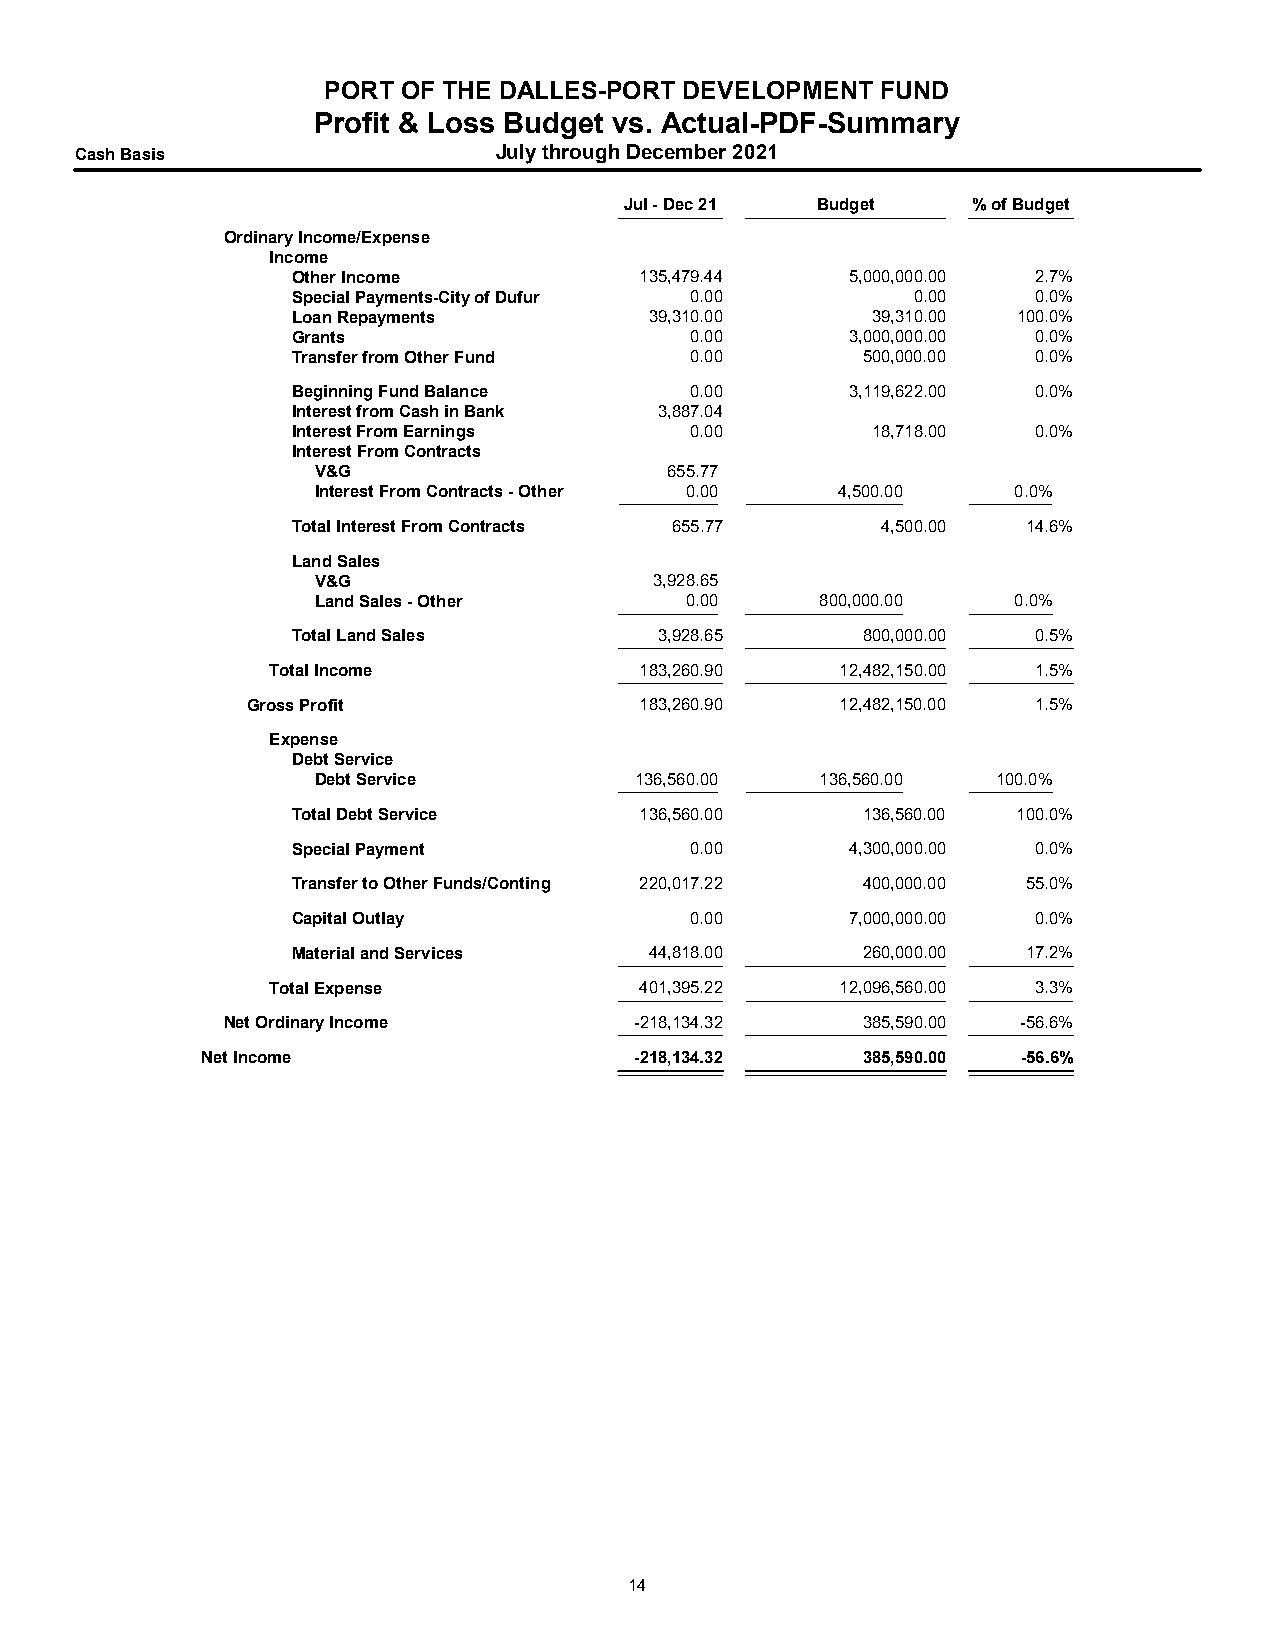
PORT  OF THE DALLES-PORT DEVELOPMENT FUND
 Profit & Loss Budget vs. Actual-PDF-Summary
 Cash Basis                  July through December 2021
 Jul - Dec 21 Budget    % of Budget
 Ordinary Income/Expense
 Income
 Other Income           135,479.44    5,000,000.00 2.7%
 Special Payments-City of Dufur 0.00      0.00     0.0%
 Loan Repayments         39,310.00      39,310.00 100.0%
 Grants                     0.00      3,000,000.00 0.0%
 Transfer from Other Fund   0.00       500,000.00  0.0%
 Beginning Fund Balance     0.00      3,119,622.00 0.0%
 Interest from Cash in Bank 3,887.04
 Interest From Earnings     0.00        18,718.00  0.0%
 Interest From Contracts
 V&G                    655.77
 Interest From Contracts - Other 0.00 4,500.00 0.0%
 Total Interest From Contracts 655.77   4,500.00  14.6%
 Land Sales
 V&G                   3,928.65
 Land Sales - Other      0.00     800,000.00   0.0%
 Total Land Sales         3,928.65     800,000.00  0.5%
 Total Income            183,260.90    12,482,150.00 1.5%
 Gross Profit              183,260.90    12,482,150.00 1.5%
 Expense
 Debt Service
 Debt Service         136,560.00  136,560.00  100.0%
 Total Debt Service     136,560.00     136,560.00 100.0%
 Special Payment            0.00      4,300,000.00 0.0%
 Transfer to Other Funds/Conting 220,017.22 400,000.00 55.0%
 Capital Outlay             0.00      7,000,000.00 0.0%
 Material and Services   44,818.00     260,000.00 17.2%
 Total Expense           401,395.22    12,096,560.00 3.3%
 Net Ordinary Income        -218,134.32    385,590.00 -56.6%
 Net Income                   -218,134.32    385,590.00 -56.6%
 14